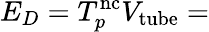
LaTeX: E_{D}=T_{p}^{\mathrm{nc}}V_{\mathrm{tube}}=